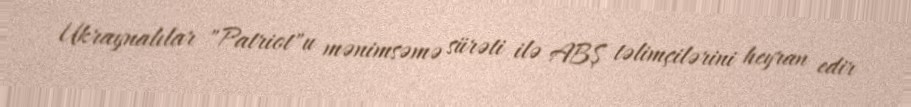
Ukraynalılar "Patriot"u mənimsəmə sürəti ilə ABŞ təlimçilərini heyran edir